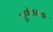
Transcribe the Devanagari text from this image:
पूर्णतसया